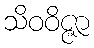
သိဝဝိဇ္ဇာ